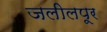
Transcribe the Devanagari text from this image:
जलीलपूर